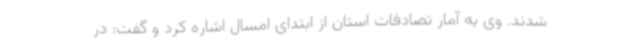
شدند. وی به آمار تصادفات استان از ابتدای امسال اشاره کرد و گفت: در